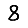
Digit: 8